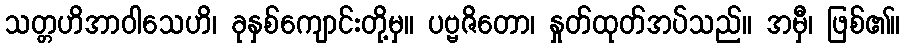
သတ္တဟိအာဝါသေဟိ၊ ခုနှစ်ကျောင်းတို့မှ။ ပဗ္ဗဇိတော၊ နှုတ်ထုတ်အပ်သည်။ အမှီ၊ ဖြစ်၏။